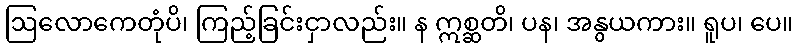
ဩလောကေတုံပိ၊ ကြည့်ခြင်းငှာလည်း။ န ဣစ္ဆတိ၊ ပန၊ အနွယကား။ ရူပ၊ ပေ။